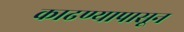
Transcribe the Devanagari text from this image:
काढण्यापासून